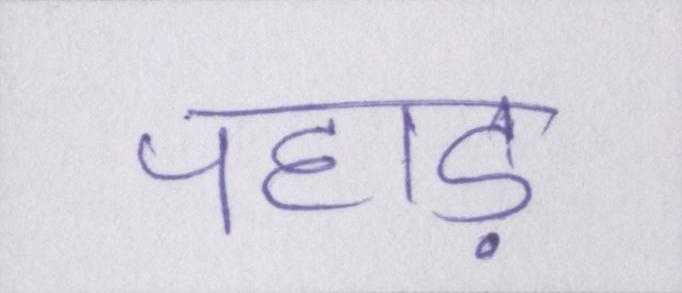
पहाड़